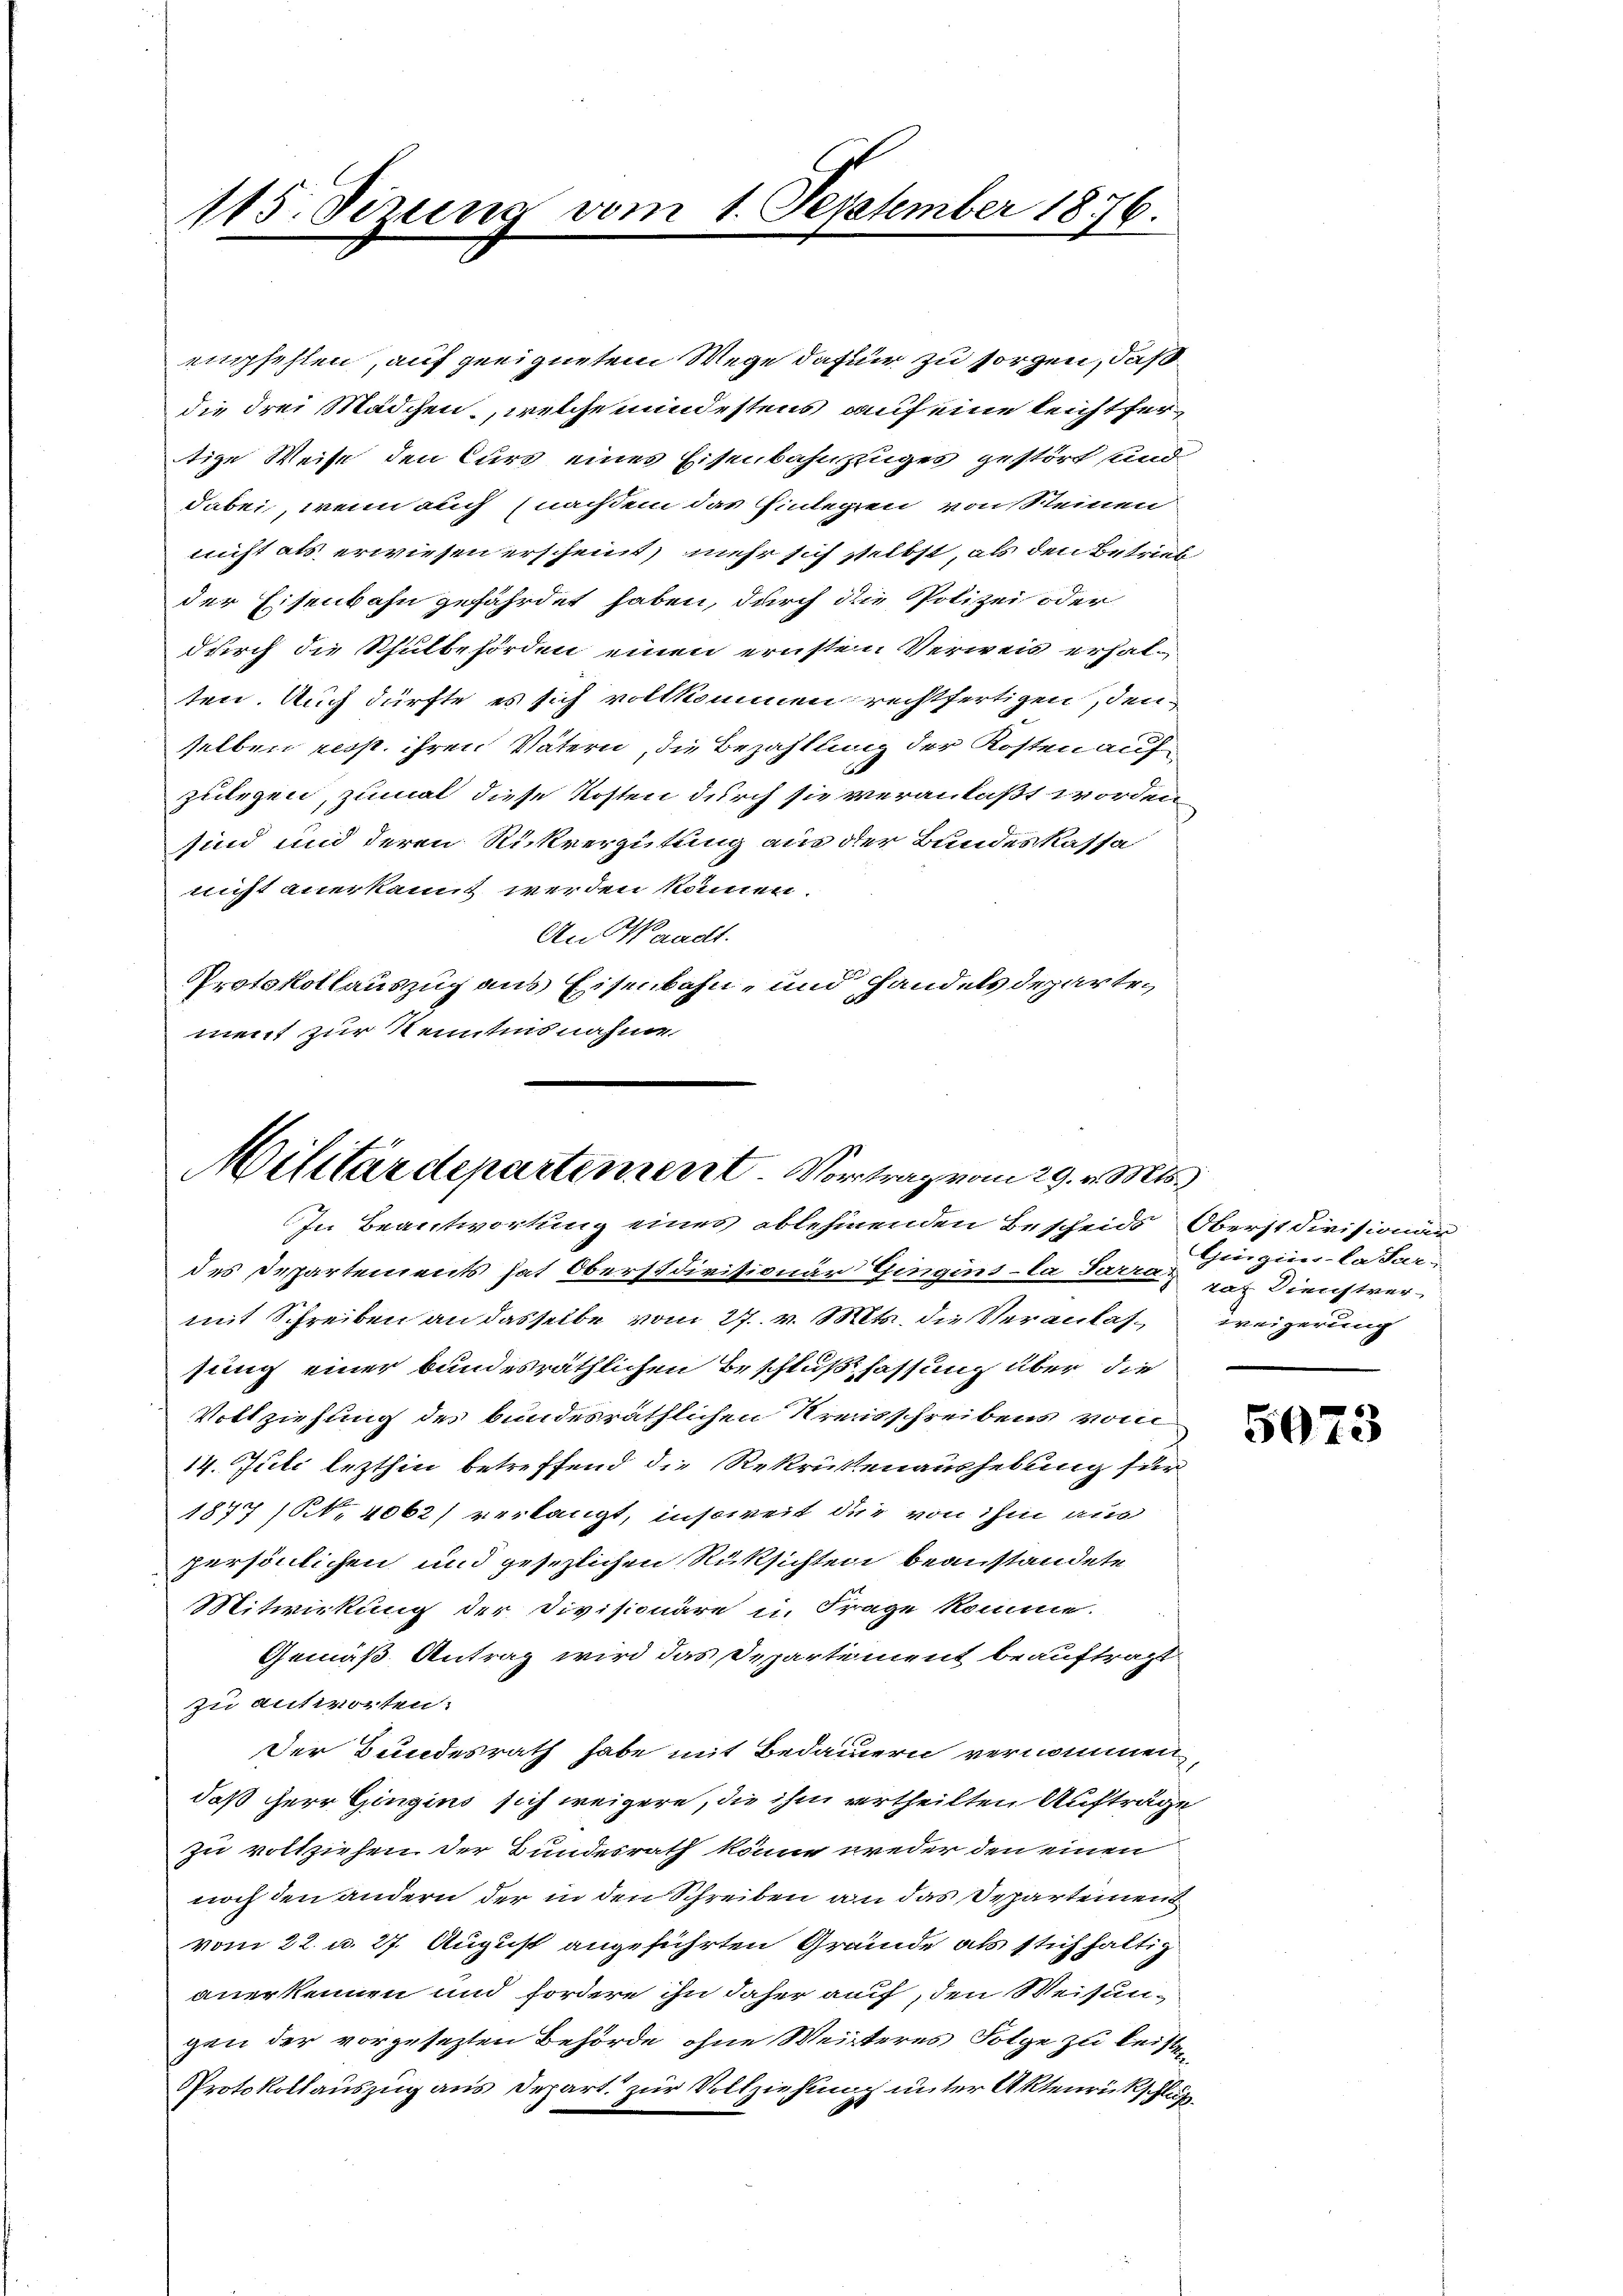
115. Sizung vom 1. September 1876.

Militärdepartement Vortrag vom 29. v. Mts.
In Beantwortung eines ablehnenden Bescheids Oberst divisionär

empfehlen, auf geeignetem Wege dafür zu sorgen, daß
die drei Mädchen, welche mindestens auf eine leichtfertige Weise den Curs eines Eisenbahnzuges gestört und
dabei, wenn auch nachdem das Einlegen von Steinen
nicht als erwiesen erscheint, mehr sich selbst, als den Betrieb
der Eisenbahn gefährdet haben, durch die Polizei oder
durch die Schulbehörden einen ernsten Verweis erhalten. Auch dürfte es sich vollkommen rechtfertigen, den
selben resp. ihren Vätern, die Bezahllung der Kosten aufzulegen, zumal diese Kosten durch sie veranlaßt worden,
sind und deren Rückvergütung aus der Bandeskassa
nicht anerkannt werden können.
An Waadt.
Protokollauszug aus Eisenbahn, und Handels departen
d
ment zur Kenntnisnahme.

Gingins-La-Sar-

des Departements hat Oberstdivisionär Gingins-la Sarra der Dienstvermit Schreiben an dasselbe vom 27. v. Mts. die Veranlas-weigerung
sung einer bundesräthlichen Beschlußfassung über die
Vottziehung des bundesräthlichen Kreisschreibens vom
14. Juli lezthin betreffend die Rekrutenaushebung für
1877 (NNo. 4062) verlangt, insoweit der von ihm aus
persönlichen und gesezlichen Rüksichten beanstandete
Mitwirkung der Divisionäre in Frage komme.
Gemäß Antrag wird das Departement beauftragt
zu antworten.
Der Bundesrath habe mit Bedauern vernommen,
daß herr Gingins sich weigere, die ihm vertheilten Aufträge
zu vollziehen der Bundesrath könne weder den einen
noch den andern der in den Schreiben an das Departement
vom 22. u. 27. August angeführten Grande als stichhaltig
anerkennen und fordere ihn daher auf, den Weisungen der vorgesezten Behörde ohne Weisteres Folge zu leisten
Protokollauszug aus Depart. zur Vollziehung unter Aktenrückschluß¬

5073